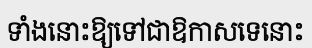
ទាំងនោះឱ្យទៅជាឱកាសទេនោះ